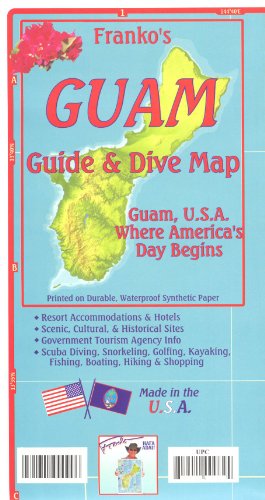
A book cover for Guam (Micronesia) 1:94,000 Guide & Dive Map, waterproof FRANKO; Franko; Travel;